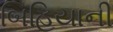
બિહિયાની